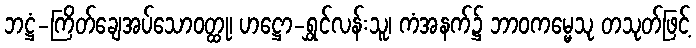
ဘဋ္ဌံ-ကြိတ်ချေအပ်သောဝတ္ထု၊ ဟဋ္ဌော-ရွှင်လန်းသူ၊ ကံအနက်၌ ဘာဝကမ္မေသု တသုတ်ဖြင့်